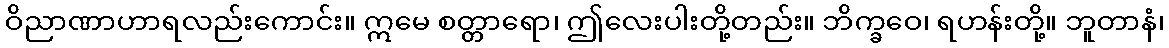
ဝိညာဏာဟာရလည်းကောင်း။ ဣမေ စတ္တာရော၊ ဤလေးပါးတို့တည်း။ ဘိက္ခဝေ၊ ရဟန်းတို့။ ဘူတာနံ၊